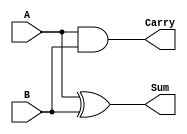
`timescale 1ns / 1ps
//////////////////////////////////////////////////////////////////////////////////
// Company: 
// Engineer: 
// 
// Design Name: 
// Module Name: Half_adder
// Project Name: 
// Target Devices: 
// Tool Versions: 
// Description: 
// 
// Dependencies: 
// 
// Revision:
// Revision 0.01 - File Created
// Additional Comments:
// 
//////////////////////////////////////////////////////////////////////////////////


module Half_adder(
    input A,
    input B,
    output Sum,
    output Carry
    );
    assign Sum=A^B;
    assign Carry=A&B;
endmodule